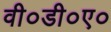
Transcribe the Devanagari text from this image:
वी०डी०ए०